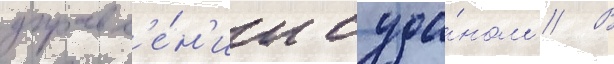
управл'е́н'ии суда́ном // В